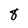
Character: 8